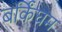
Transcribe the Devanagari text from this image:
बर्किंघम